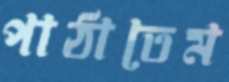
পাঠাতেম